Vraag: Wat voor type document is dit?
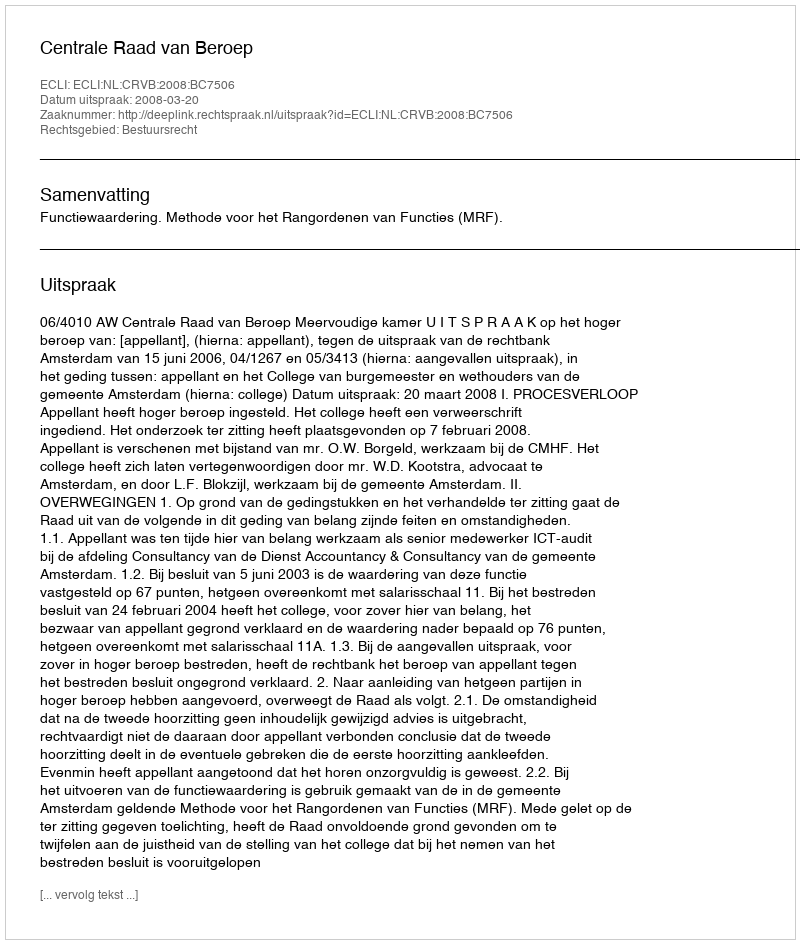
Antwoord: Uitspraak